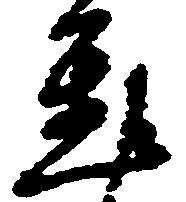
置